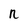
Character: n